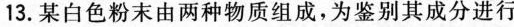
13.某白色粉末由两种物质组成，为鉴别其成分进行